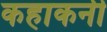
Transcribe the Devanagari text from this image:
कहाकनी